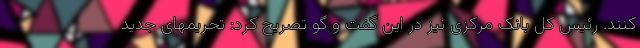
کنند. رئیس کل بانک مرکزی نیز در این گفت و گو تصریح کرد: تحریمهای جدید